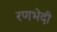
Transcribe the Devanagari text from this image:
रणभेदी